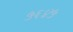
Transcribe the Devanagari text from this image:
५६४५